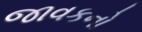
જાવકનો